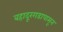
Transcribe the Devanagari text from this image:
बहादूरगडापासून